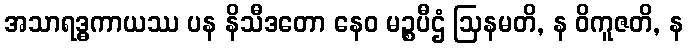
အသာရဒ္ဓကာယဿ ပန နိသီဒတော နေဝ မဉ္စပီဌံ ဩနမတိ, န ဝိကူဇတိ, န